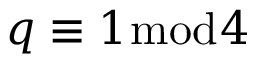
q \equiv 1 { \bmod { 4 } }